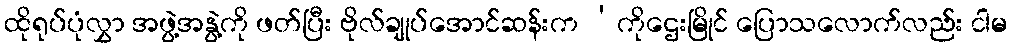
ထိုရုပ်ပုံလွှာ အဖွဲ့အနွဲ့ကို ဖတ်ပြီး ဗိုလ်ချုပ်အောင်ဆန်းက ‘ကိုဌေးမြိုင် ပြောသလောက်လည်း ငါမ